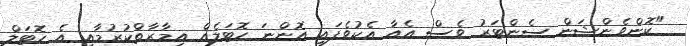
"ކޮންވެންޝަން ސެންޓަރު ވެސް އެއާ އެކުވެފައި އޮންނަ ހޮޓަލެއް އިމާރާތްކުރުމާއި އެ ހޮޓަލް